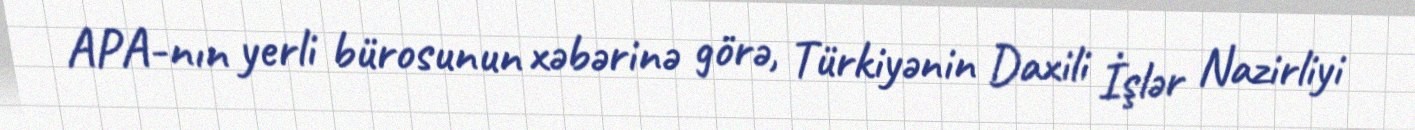
APA-nın yerli bürosunun xəbərinə görə, Türkiyənin Daxili İşlər Nazirliyi